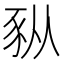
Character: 𫎆